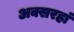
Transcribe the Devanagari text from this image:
अक्सरहां